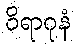
ဝိရာဂုနံ